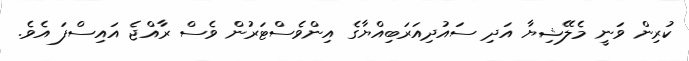
ކުރިން ވަނީ މެލޭޝިޔާ އަދި ސައުދިއަރަބިއްޔާގެ އިންވެސްޓަރުން ވެސް ރާއްޖެ އައިސްފަ އެވެ.